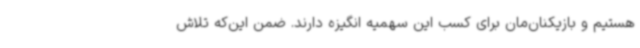
هستیم و بازیکنان‌مان برای کسب این سهمیه انگیزه دارند. ضمن این‌که تلاش